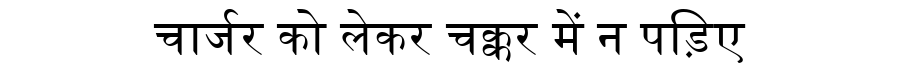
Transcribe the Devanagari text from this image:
चार्जर को लेकर चक्कर में न पड़िए